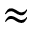
\approx